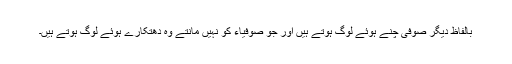
بالفاظِ دیگر صوفی چُنے ہوئے لوگ ہوتے ہیں اور جو صوفیاء کو نہیں مانتے وہ دھتکارے ہوئے لوگ ہوتے ہیں۔